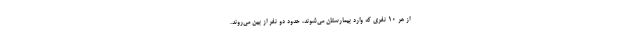
از هر ۱۰ نفری که وارد بیمارستان می‌شوند، حدود دو نفر از بین می‌روند.